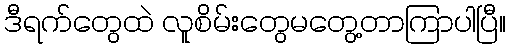
ဒီရက်တွေထဲ လူစိမ်းတွေမတွေ့တာကြာပါပြီ။